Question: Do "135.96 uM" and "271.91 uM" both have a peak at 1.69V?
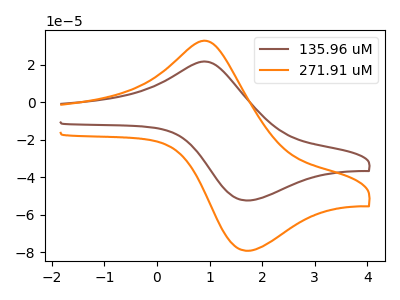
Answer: <think>The brown curve "135.96 uM" has an anodic peak at (1.00V, 21.40uA) and a cathodic peak at (1.70V, -52.35uA). The orange curve "271.91 uM" has an anodic peak at (1.00V, 32.35uA) and a cathodic peak at (1.70V, -79.10uA).</think>
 <answer>Yes, "135.96 uM" and "271.91 uM" share a peak at 1.69V.</answer>
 <eval>match</eval>